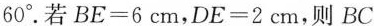
60°。若BE=6cm，DE=2cm，则BC